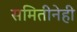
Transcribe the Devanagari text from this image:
समितीनेही